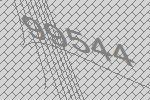
99544